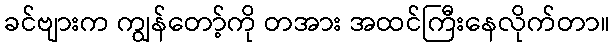
ခင်ဗျားက ကျွန်တော့်ကို တအား အထင်ကြီးနေလိုက်တာ။